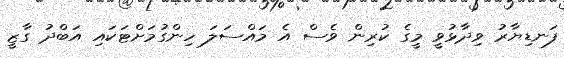
ފަނޑިޔާރު ވިދާޅުވީ މީގެ ކުރިން ވެސް އެ މައްސަލަ ހިންގުމަށްޓަކައި އަބްދު ގާޒީ